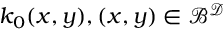
k _ { 0 } ( x , y ) , ( x , y ) \in \mathcal { B } ^ { \mathcal { D } }